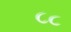
૮૮